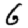
Digit: 6